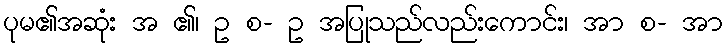
ပုမ၏အဆုံး အ ၏၊ ဥ စ- ဥ အပြုသည်လည်းကောင်း၊ အာ စ- အာ